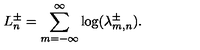
L _ { n } ^ { \pm } = \sum _ { m = - \infty } ^ { \infty } \log ( \lambda _ { m , n } ^ { \pm } ) .